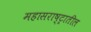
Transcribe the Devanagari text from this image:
महासराष्ट्रातील